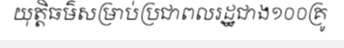
យុត្តិធម៌សម្រាប់ប្រជាពលរដ្ឋជាង១០០គ្រូ